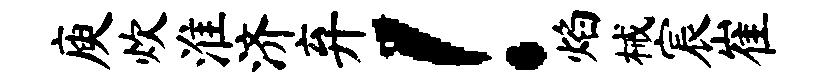
庾炊淮济弃！焰械宸崔